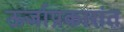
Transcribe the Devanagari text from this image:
ऊर्जाप्रकारांत